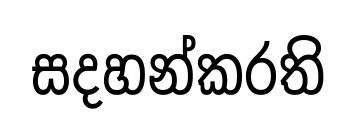
සදහන්කරති